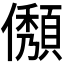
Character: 𠐬